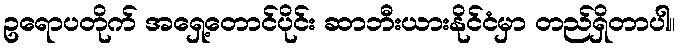
ဥရောပတိုက် အရှေ့တောင်ပိုင်း ဆာဘီးယားနိုင်ငံမှာ တည်ရှိတာပါ။